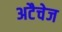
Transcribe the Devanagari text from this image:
अटैचेज